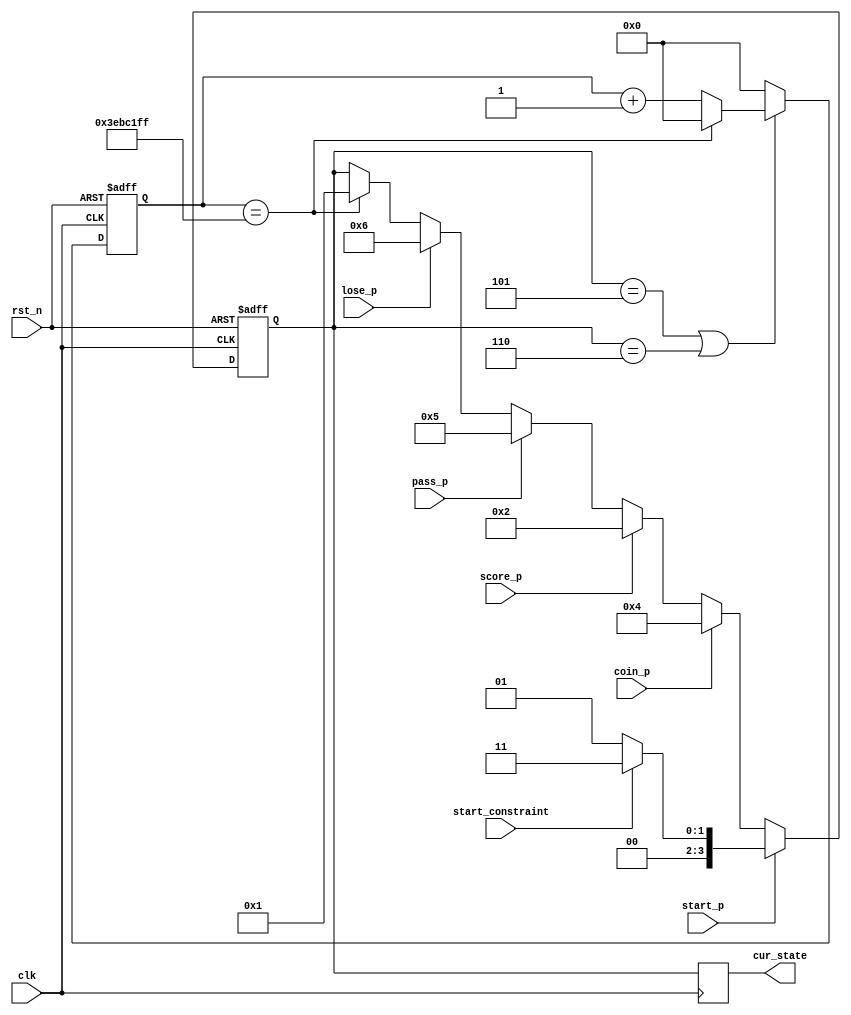
module Control(
input		clk,
input		rst_n,
input		start_p,	//ʼϷ
input		coin_p,	//ʾӲ
input		score_p,	//ʾ
input		start_constraint,
input		pass_p,
input		lose_p,
output	reg [3:0]	cur_state
    );
	 

parameter WELCOME = 4'b0000, GAME = 4'b0001, SCORE = 4'b0010, ERROR = 4'b0011, COIN = 4'b0100, PASS = 4'b0101, LOSE = 4'b0110;

reg	[3:0]	state = WELCOME; 
reg	[25:0]	cnt = 26'h0;

always@(posedge clk or negedge rst_n)
	begin
		if(~rst_n)
			state <= WELCOME;
		else if(start_p)
			begin
				if(start_constraint)
					state <= ERROR;
				else
					state <= GAME;
			end
		else if(coin_p)
			state <= COIN;
		else if(score_p)
			state <= SCORE;
		else if(pass_p)
			state <= PASS;
		else if(lose_p)
			state <= LOSE;
		else if(cnt == 26'd199_999_999)
			state <= GAME;
		else
			state <= state;
	end


always@(posedge clk)
	begin
		cur_state <= state;
	end
	


always@(posedge clk or negedge rst_n)
	begin
		if(~rst_n)
			cnt <= 26'h0;
		else if(state == PASS || state == LOSE)
			if(cnt == 26'd199_999_999)
				cnt <= 26'h0;
			else
				cnt <= cnt + 16'h1;
		else
			cnt <= 26'h0;
	end

endmodule